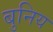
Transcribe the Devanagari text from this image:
बुनिय